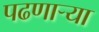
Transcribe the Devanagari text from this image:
पढणार्‍या